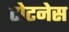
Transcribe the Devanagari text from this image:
टोटनेस